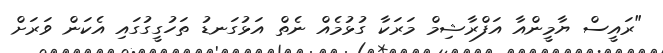
"ރައީސް ޔާމީންއާ އަފްރާޝިމް މަރަކާ ގުޅުމެއް ނެތް އަޅުގަނޑު ތަހުގީގުގައި އެކަން ވަރަށް